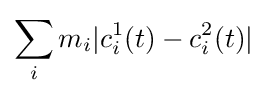
\sum _{i}m_{i}|c_{i}^{1}(t)-c_{i}^{2}(t)|